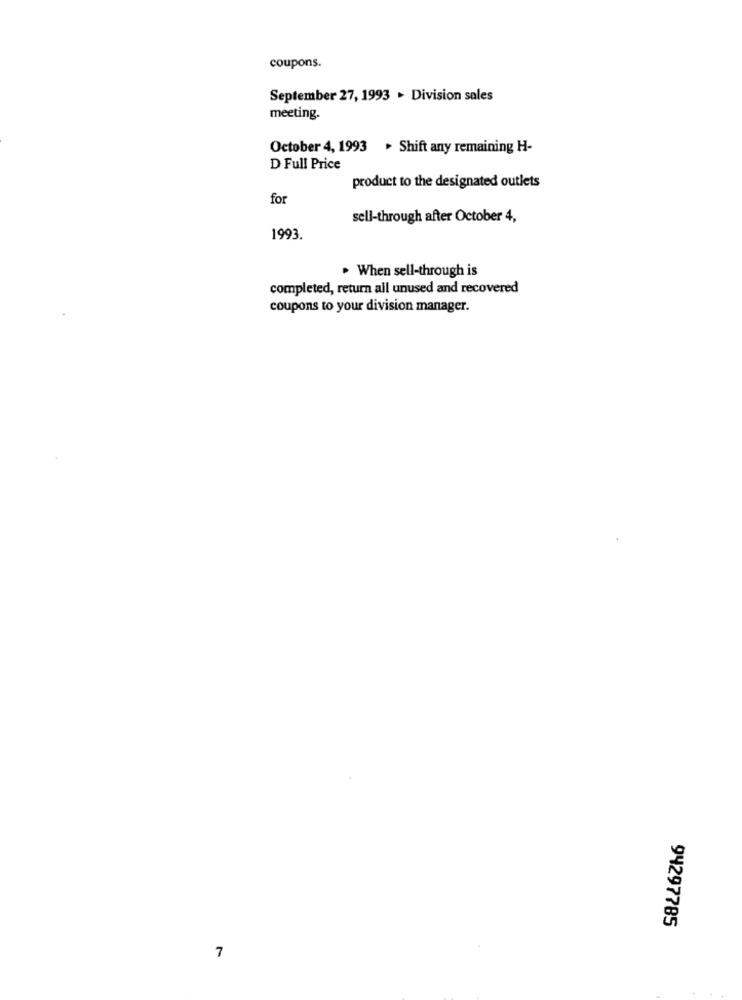
coupons.
September 27, 1993 . Division sales
meeting.
October 4, 1993 > Shift any remaining H-
D Full Price
product to the designated outlets
for
sell-through after October 4,
1993
. When sell-through is
completed, return all unused and recovered
coupons to your division manager.
94297785
7